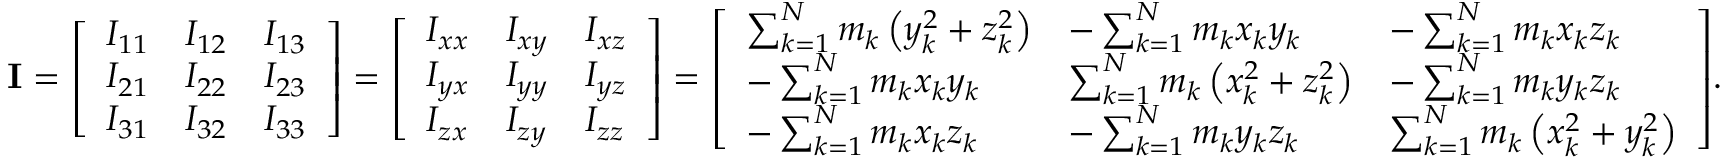
\mathbf { I } = { \left[ \begin{array} { l l l } { I _ { 1 1 } } & { I _ { 1 2 } } & { I _ { 1 3 } } \\ { I _ { 2 1 } } & { I _ { 2 2 } } & { I _ { 2 3 } } \\ { I _ { 3 1 } } & { I _ { 3 2 } } & { I _ { 3 3 } } \end{array} \right] } = { \left[ \begin{array} { l l l } { I _ { x x } } & { I _ { x y } } & { I _ { x z } } \\ { I _ { y x } } & { I _ { y y } } & { I _ { y z } } \\ { I _ { z x } } & { I _ { z y } } & { I _ { z z } } \end{array} \right] } = { \left[ \begin{array} { l l l } { \sum _ { k = 1 } ^ { N } m _ { k } \left( y _ { k } ^ { 2 } + z _ { k } ^ { 2 } \right) } & { - \sum _ { k = 1 } ^ { N } m _ { k } x _ { k } y _ { k } } & { - \sum _ { k = 1 } ^ { N } m _ { k } x _ { k } z _ { k } } \\ { - \sum _ { k = 1 } ^ { N } m _ { k } x _ { k } y _ { k } } & { \sum _ { k = 1 } ^ { N } m _ { k } \left( x _ { k } ^ { 2 } + z _ { k } ^ { 2 } \right) } & { - \sum _ { k = 1 } ^ { N } m _ { k } y _ { k } z _ { k } } \\ { - \sum _ { k = 1 } ^ { N } m _ { k } x _ { k } z _ { k } } & { - \sum _ { k = 1 } ^ { N } m _ { k } y _ { k } z _ { k } } & { \sum _ { k = 1 } ^ { N } m _ { k } \left( x _ { k } ^ { 2 } + y _ { k } ^ { 2 } \right) } \end{array} \right] } .